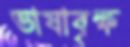
ভাষাবৃক্ষ